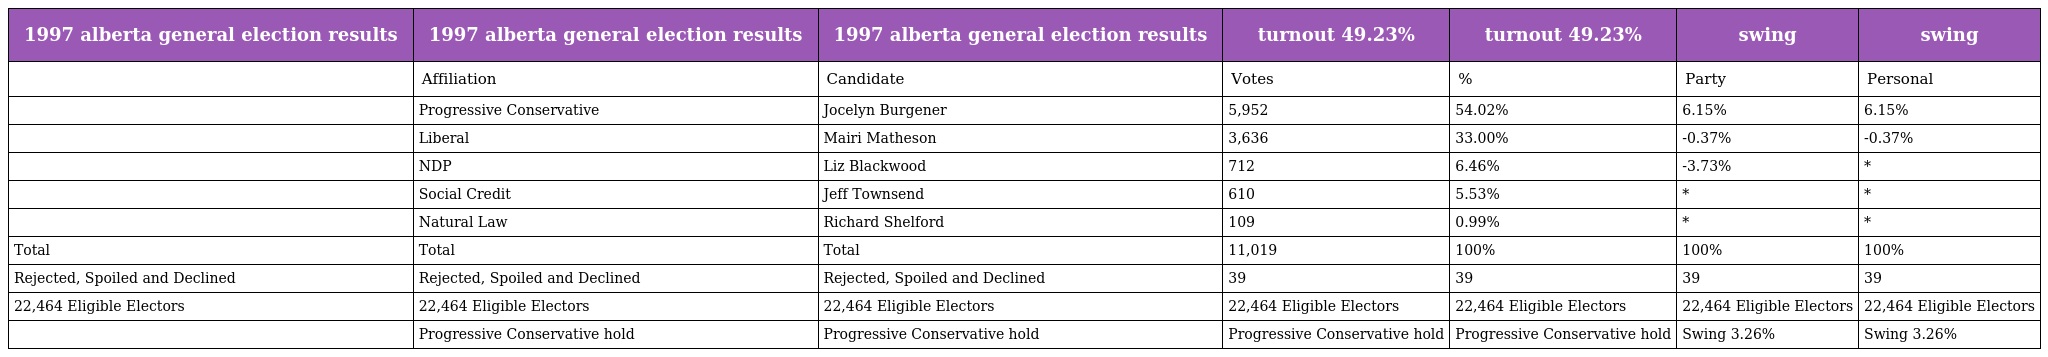
| 1997 alberta general election results | 1997 alberta general election results | 1997 alberta general election results | turnout 49.23% | turnout 49.23% | swing | swing |
 | --- | --- | --- | --- | --- | --- | --- |
 |  | Affiliation | Candidate | Votes | % | Party | Personal |
 |  | Progressive Conservative | Jocelyn Burgener | 5,952 | 54.02% | 6.15% | 6.15% |
 |  | Liberal | Mairi Matheson | 3,636 | 33.00% | -0.37% | -0.37% |
 |  | NDP | Liz Blackwood | 712 | 6.46% | -3.73% | * |
 |  | Social Credit | Jeff Townsend | 610 | 5.53% | * | * |
 |  | Natural Law | Richard Shelford | 109 | 0.99% | * | * |
 | Total | Total | Total | 11,019 | 100% | 100% | 100% |
 | Rejected, Spoiled and Declined | Rejected, Spoiled and Declined | Rejected, Spoiled and Declined | 39 | 39 | 39 | 39 |
 | 22,464 Eligible Electors | 22,464 Eligible Electors | 22,464 Eligible Electors | 22,464 Eligible Electors | 22,464 Eligible Electors | 22,464 Eligible Electors | 22,464 Eligible Electors |
 |  | Progressive Conservative hold | Progressive Conservative hold | Progressive Conservative hold | Progressive Conservative hold | Swing 3.26% | Swing 3.26% |